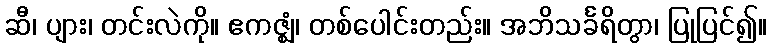
ဆီ၊ ပျား၊ တင်းလဲကို။ ဧကဇ္ဈံ၊ တစ်ပေါင်းတည်း။ အဘိသင်္ခရိတွာ၊ ပြုပြင်၍။